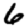
Digit: 6